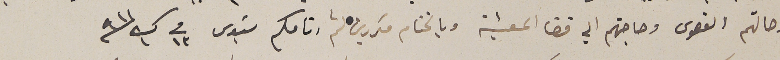
وحالتهم القصوى وحاجتهم الي قضا المعيشة وبالختام مكررين لثم انامكم سَيدى فى ١٣ ك١ ٩١١